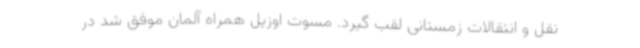
نقل و انتقالات زمستانی لقب گیرد. مسوت اوزیل همراه آلمان موفق شد در